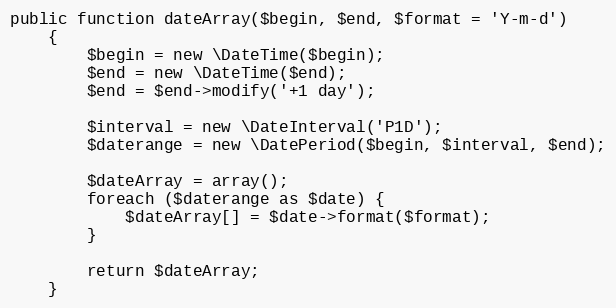
Language: PHP
public function dateArray($begin, $end, $format = 'Y-m-d')
    {
        $begin = new \DateTime($begin);
        $end = new \DateTime($end);
        $end = $end->modify('+1 day');

        $interval = new \DateInterval('P1D');
        $daterange = new \DatePeriod($begin, $interval, $end);

        $dateArray = array();
        foreach ($daterange as $date) {
            $dateArray[] = $date->format($format);
        }

        return $dateArray;
    }